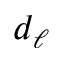
d _ { \ell }